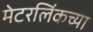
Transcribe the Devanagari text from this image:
मेटरलिंकच्या